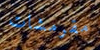
مقرمشات